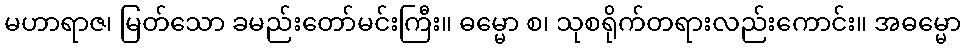
မဟာရာဇ၊ မြတ်သော ခမည်းတော်မင်းကြီး။ ဓမ္မော စ၊ သုစရိုက်တရားလည်းကောင်း။ အဓမ္မော